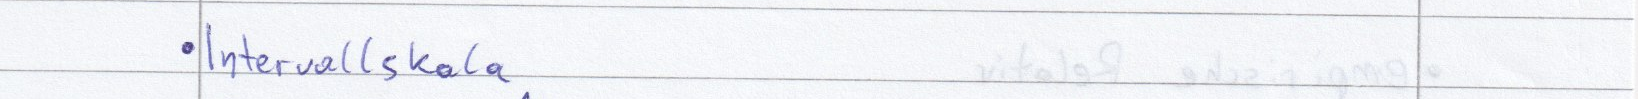
Intervallskala